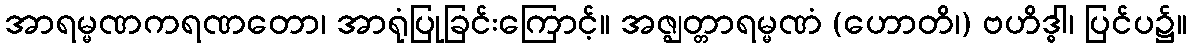
အာရမ္မဏကရဏတော၊ အာရုံပြုခြင်းကြောင့်။ အဇ္ဈတ္တာရမ္မဏံ (ဟောတိ၊) ဗဟိဒ္ဓါ၊ ပြင်ပ၌။